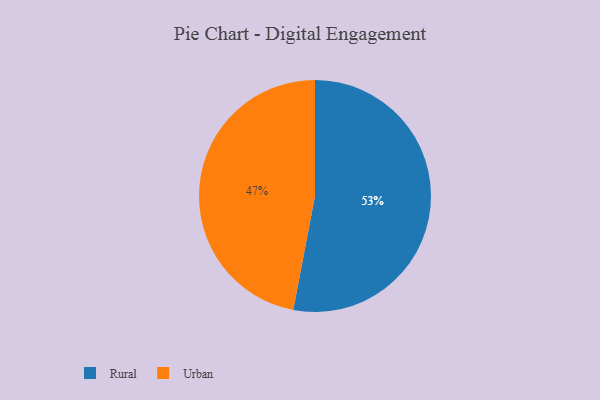
{"axis": {"x": "Category", "y": "Percentage"}, "legend": ["Rural", "Urban"], "data": [{"x": "Urban", "y": 47, "type": "Urban"}, {"x": "Rural", "y": 53, "type": "Rural"}]}